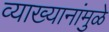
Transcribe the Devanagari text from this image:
व्याख्यानांमुळे